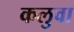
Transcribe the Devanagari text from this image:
कलुवा